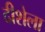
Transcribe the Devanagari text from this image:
दीशेला